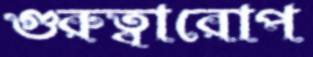
গুরুত্বারোপ